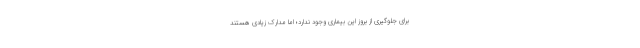
برای جلوگیری از بروز این بیماری وجود ندارد؛ اما مدارک زیادی هستند